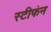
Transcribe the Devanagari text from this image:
स्टीफंन